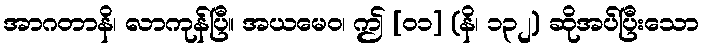
အာဂတာနိ၊ လာကုန်ပြီ။ အယမေဝ၊ ဤ [၀၁] (နိ၊ ၁၃၂) ဆိုအပ်ပြီးသော